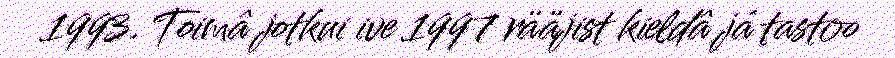
1993. Toimâ jotkui ive 1997 rääjist kieldâ já tastoo